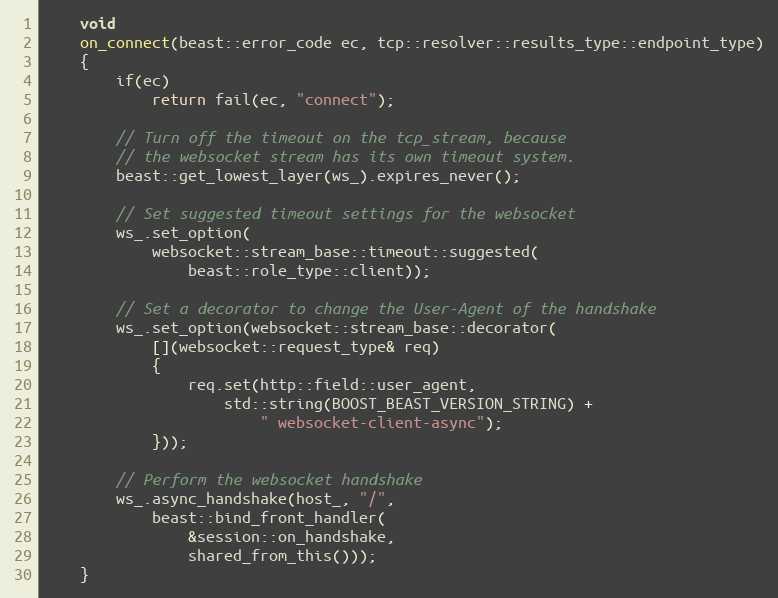
Language: C++
    void
    on_connect(beast::error_code ec, tcp::resolver::results_type::endpoint_type)
    {
        if(ec)
            return fail(ec, "connect");

        // Turn off the timeout on the tcp_stream, because
        // the websocket stream has its own timeout system.
        beast::get_lowest_layer(ws_).expires_never();

        // Set suggested timeout settings for the websocket
        ws_.set_option(
            websocket::stream_base::timeout::suggested(
                beast::role_type::client));

        // Set a decorator to change the User-Agent of the handshake
        ws_.set_option(websocket::stream_base::decorator(
            [](websocket::request_type& req)
            {
                req.set(http::field::user_agent,
                    std::string(BOOST_BEAST_VERSION_STRING) +
                        " websocket-client-async");
            }));

        // Perform the websocket handshake
        ws_.async_handshake(host_, "/",
            beast::bind_front_handler(
                &session::on_handshake,
                shared_from_this()));
    }